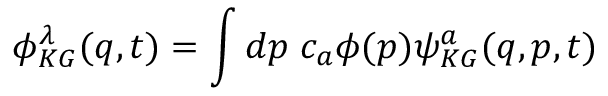
\phi _ { K G } ^ { \lambda } ( q , t ) = \int d p \; c _ { a } \phi ( p ) \psi _ { K G } ^ { a } ( q , p , t )